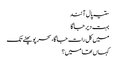
ستیہ پال آنند
بہت دیر جاگا
میں کل رات جاگا، سحر پو پھٹے تک
کہاں تھا میں؟